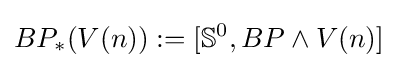
BP_{*}(V(n)):=[\mathbb {S} ^{0},BP\wedge V(n)]